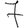
Digit: 7